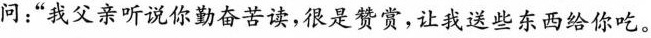
问：”我父亲听说你勤奋苦读，很是赞赏，让我送些东西给你吃。